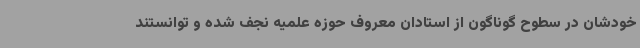
خودشان در سطوح گوناگون از استادان معروف حوزه علمیه نجف شده و توانستند